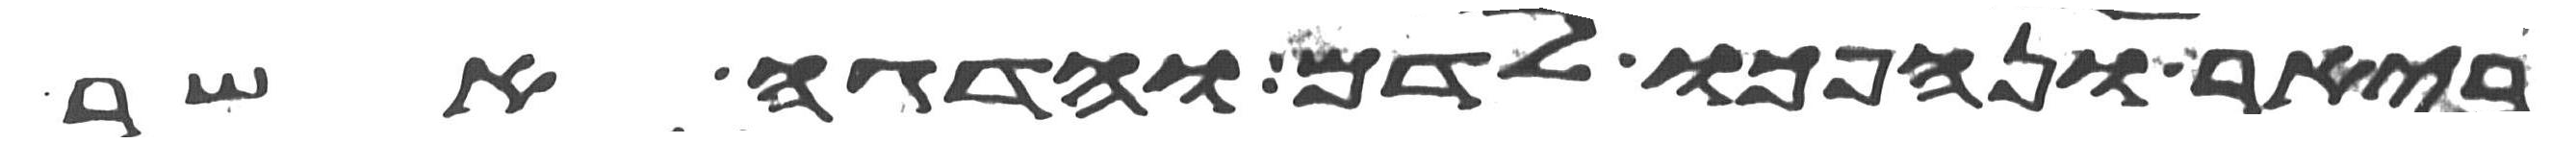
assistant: ביאר ונהפכו לדם והדגה אשר